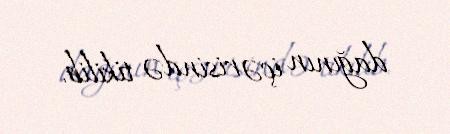
dağının içərisində tikilib.